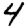
Digit: 4